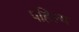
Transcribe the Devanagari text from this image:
पहिल्य